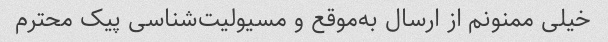
خیلی ممنونم از ارسال به‌موقع و مسیولیت‌شناسی پیک محترم